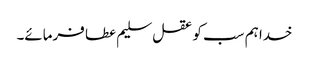
خدا ہم سب کو عقل سلیم عطا فرمائے۔